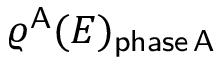
\varrho ^ { \mathsf { A } } ( E ) _ { \mathsf { p h a s e \, A } }